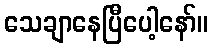
သေချာနေပြီပေါ့နော်။